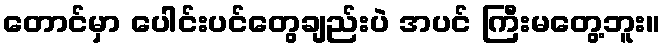
တောင်မှာ ပေါင်းပင်တွေချည်းပဲ အပင် ကြီးမတွေ့ဘူး။